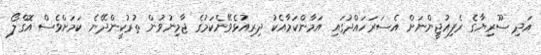
އަދި ސޫރިޔާގެ ރެފިއުޖީންނަށް އެސަރަހައްދުގައި އަމާންކަމާއެކު ދިރިއުޅެވޭނެކަމުގެ ޖާމިނުވުން ތުރުކީންދޭނެ ކަމަށްވެސް އޮގްލޯ